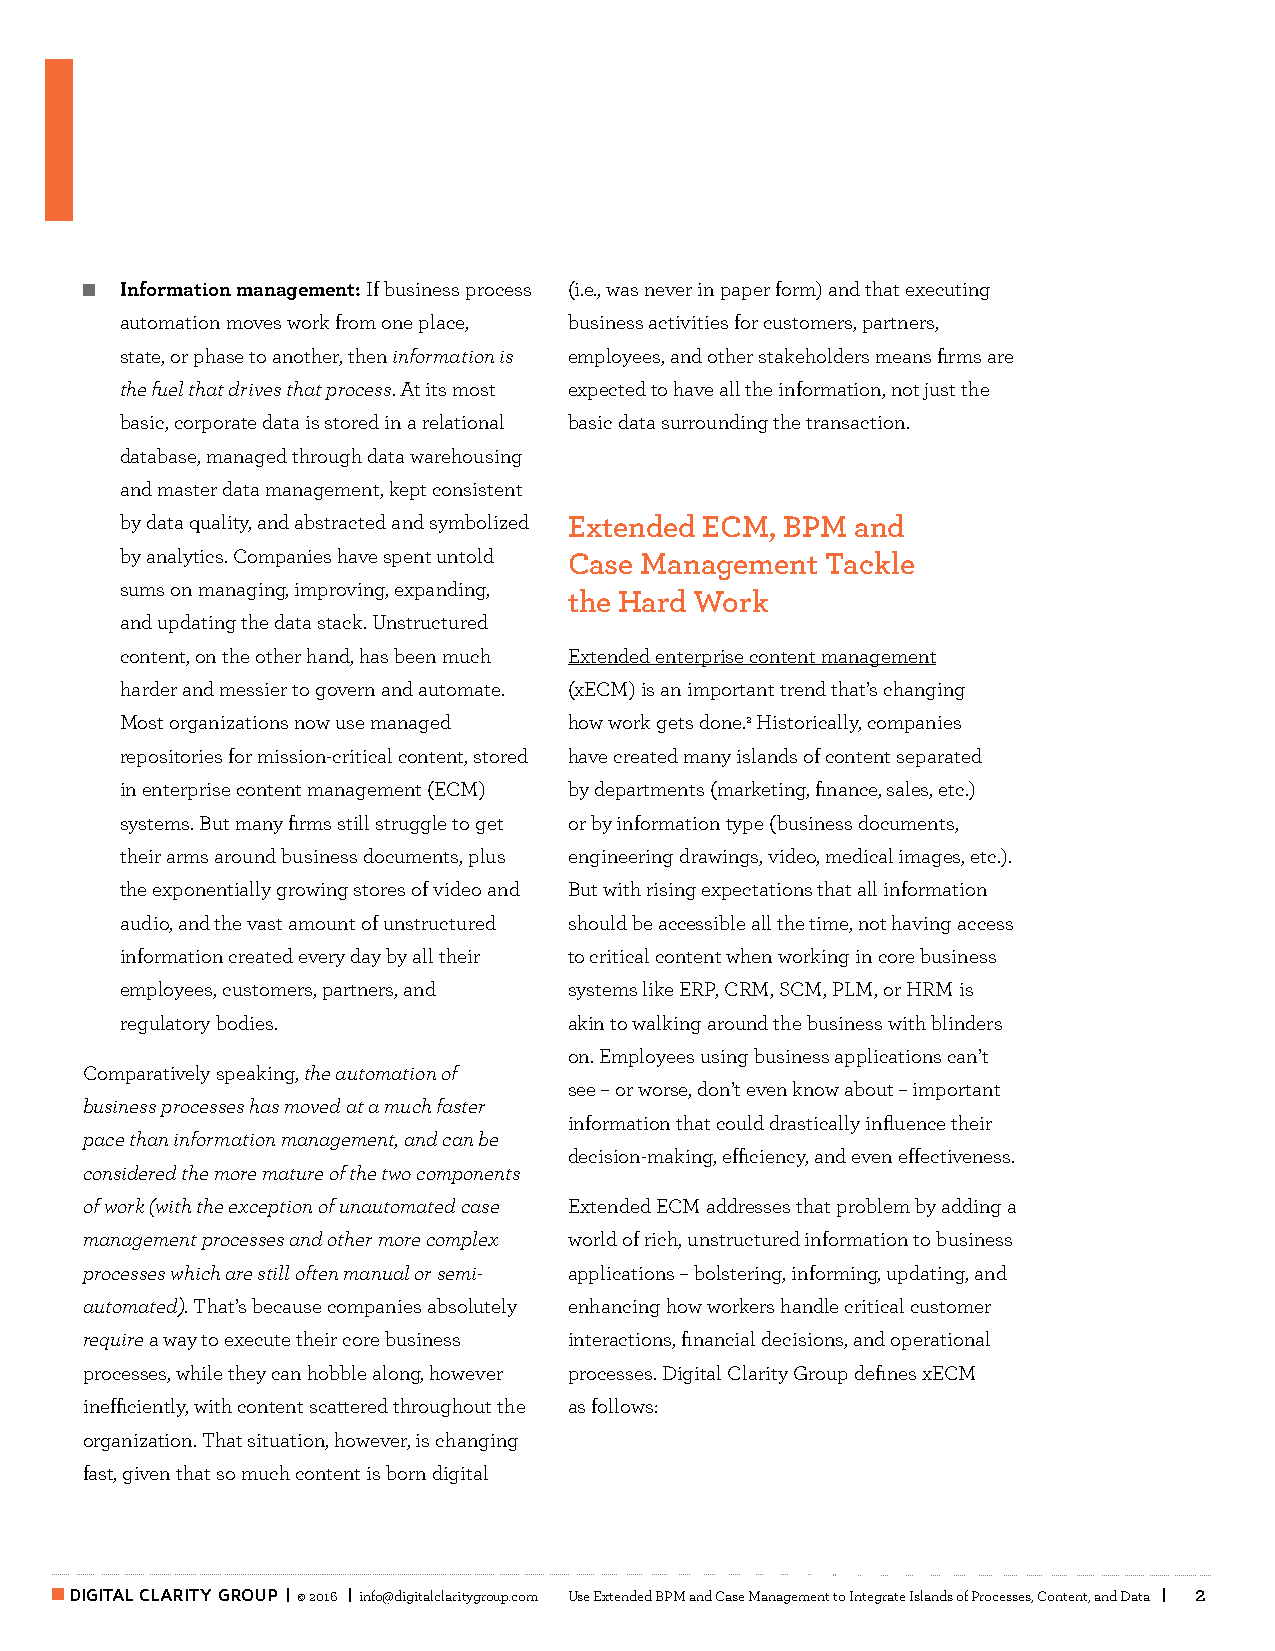
Information management: If business process (i.e., was never in paper form) and that executing
 automation moves work from one place, business activities for customers, partners,
 state, or phase to another, then information is employees, and other stakeholders means firms are
 the fuel that drives that process. At its most expected to have all the information, not just the
 basic, corporate data is stored in a relational basic data surrounding the transaction.
 database, managed through data warehousing
 and master data management, kept consistent
 by data quality, and abstracted and symbolized Extended ECM, BPM and
 by analytics. Companies have spent untold Case Management Tackle
 sums on managing, improving, expanding,
 the Hard Work
 and updating the data stack. Unstructured
 content, on the other hand, has been much Extended enterprise content management
 harder and messier to govern and automate. (xECM) is an important trend that’s changing
 Most organizations now use managed how work gets done.2 Historically, companies
 repositories for mission-critical content, stored have created many islands of content separated
 in enterprise content management (ECM) by departments (marketing, finance, sales, etc.)
 systems. But many firms still struggle to get or by information type (business documents,
 their arms around business documents, plus engineering drawings, video, medical images, etc.).
 the exponentially growing stores of video and But with rising expectations that all information
 audio, and the vast amount of unstructured should be accessible all the time, not having access
 information created every day by all their to critical content when working in core business
 employees, customers, partners, and systems like ERP, CRM, SCM, PLM, or HRM is
 regulatory bodies.            akin to walking around the business with blinders
 on. Employees using business applications can’t
 Comparatively speaking, the automation of
 see – or worse, don’t even know about – important
 business processes has moved at a much faster
 information that could drastically influence their
 pace than information management, and can be
 decision-making, efficiency, and even effectiveness.
 considered the more mature of the two components
 of work (with the exception of unautomated case Extended ECM addresses that problem by adding a
 management processes and other more complex world of rich, unstructured information to business
 processes which are still often manual or semi- applications – bolstering, informing, updating, and
 automated). That’s because companies absolutely enhancing how workers handle critical customer
 require a way to execute their core business interactions, financial decisions, and operational
 processes, while they can hobble along, however processes. Digital Clarity Group defines xECM
 inefficiently, with content scattered throughout the as follows:
 organization. That situation, however, is changing
 fast, given that so much content is born digital
 DIGITAL CLARITY GROUP | © 2016 | info@digitalclaritygroup.com Use Extended BPM and Case Management to Integrate Islands of Processes, Content, and Data | 2